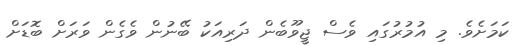
ކަމަށެވެ. މި އުމުރުގައި ވެސް ޖީވޫބެން ދަރިއަކު ބޭނުން ވެގެން ވަރަށް ބޮޑަށް